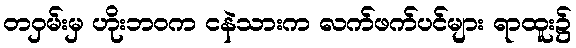
တဝှမ်းမှ ဟိုးဘဝက ငနဲသားက လက်ဖက်ပင်များ ရာထူး၌